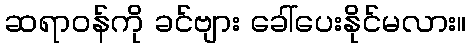
ဆရာဝန်ကို ခင်ဗျား ခေါ်ပေးနိုင်မလား။